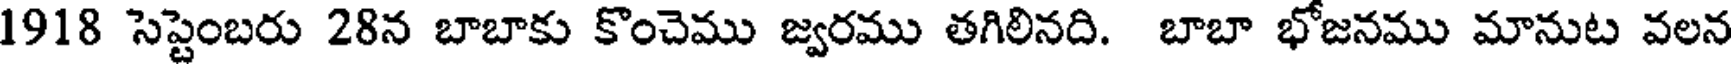
1918 సెప్టెంబరు 28న బాబాకు కొంచెము జ్వరము తగిలినది. బాబా భోజనము మానుట వలన